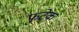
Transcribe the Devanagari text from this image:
फुटेक